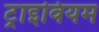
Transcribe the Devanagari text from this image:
ट्राइवियम